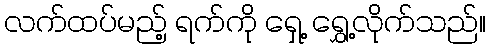
လက်ထပ်မည့် ရက်ကို ရှေ့ ရွှေ့လိုက်သည်။